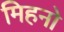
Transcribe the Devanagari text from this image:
मिहनो